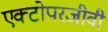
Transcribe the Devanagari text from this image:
एक्टोपरजीवी